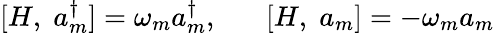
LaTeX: [H,\; a_{m}^{\dagger}]=\omega_{m}a_{m}^{\dagger},\; \; \; \; \; \; [H,\; a_{m}]=-\omega_{m}a_{m}